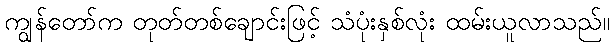
ကျွန်တော်က တုတ်တစ်ချောင်းဖြင့် သံပုံးနှစ်လုံး ထမ်းယူလာသည်။